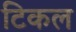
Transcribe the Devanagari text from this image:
टिकल